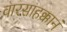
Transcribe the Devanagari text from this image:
वारसाहक्कानं